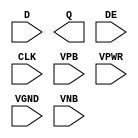
module sky130_fd_sc_hd__edfxtp (
    //# {{data|Data Signals}}
    input  D   ,
    output Q   ,

    //# {{control|Control Signals}}
    input  DE  ,

    //# {{clocks|Clocking}}
    input  CLK ,

    //# {{power|Power}}
    input  VPB ,
    input  VPWR,
    input  VGND,
    input  VNB
);
endmodule